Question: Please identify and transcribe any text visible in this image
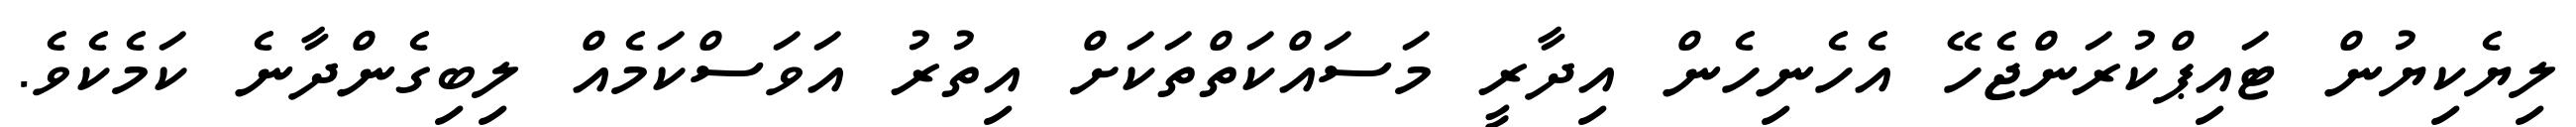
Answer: ލިޔެކިޔުން ޓައިޕްކުރަންޖެހޭ އެހެނިހެން އިދާރީ މަސައްކަތްތަކަށް އިތުރު އަވަސްކަމެއް ލިބިގެންދާނެ ކަމެކެވެ.